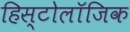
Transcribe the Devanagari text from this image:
हिस्टोलॉजिक